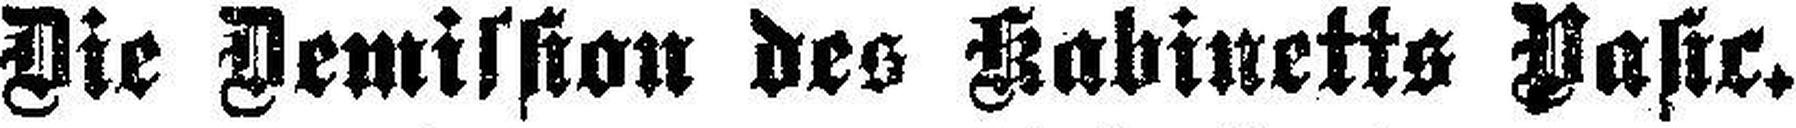
Die Demission des Kabinetts Pasic.